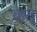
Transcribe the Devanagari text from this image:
व्हत्